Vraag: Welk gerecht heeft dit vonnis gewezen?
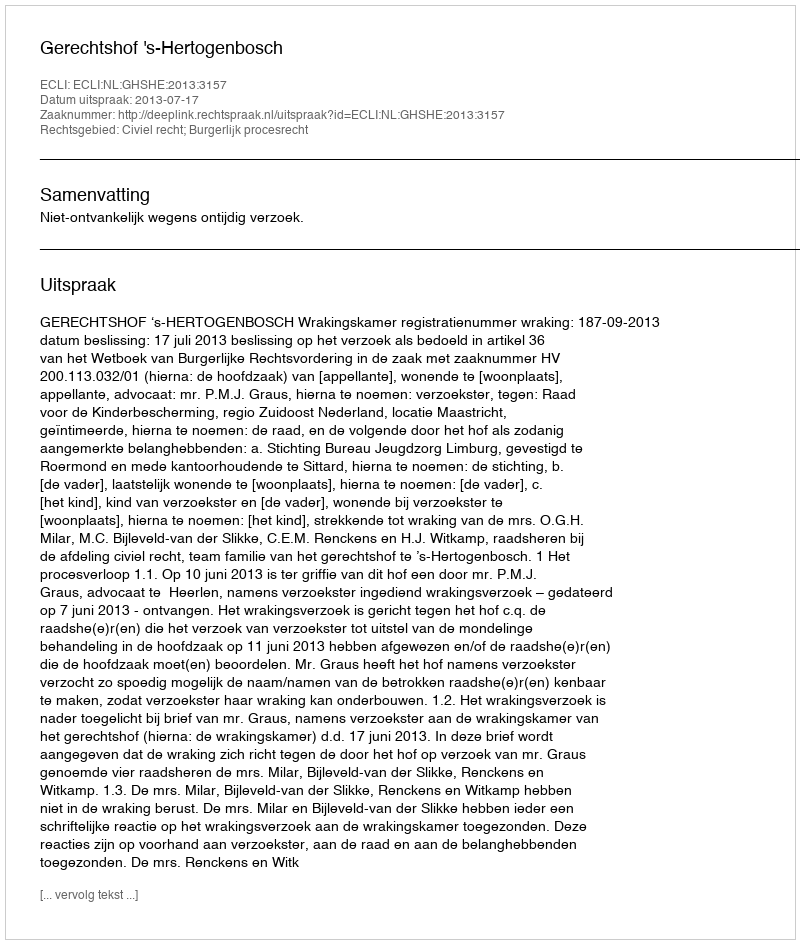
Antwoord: Gerechtshof 's-Hertogenbosch